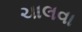
ચાલવા